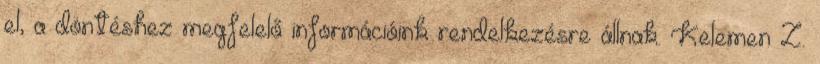
el, a döntéshez megfelelő információink rendelkezésre állnak. Kelemen Z.